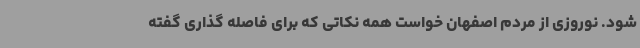
شود. نوروزی از مردم اصفهان خواست همه نکاتی که برای فاصله گذاری گفته